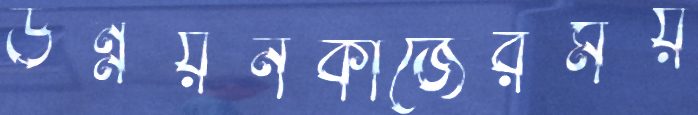
উন্নয়নকাজেরময়